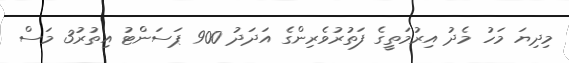
މިދިޔަ މަހު މެދު އިރުމަތީގެ ފަތުރުވެރިންގެ އަދަދު 900 ޕަސަންޓު އިތުރު3 މަސް